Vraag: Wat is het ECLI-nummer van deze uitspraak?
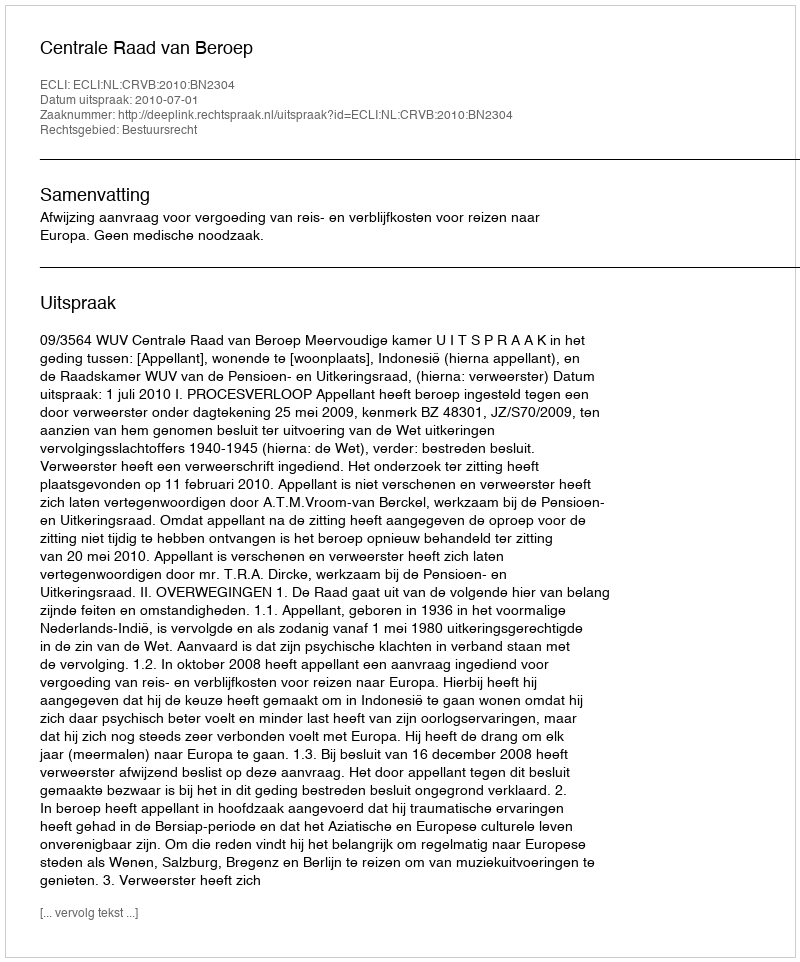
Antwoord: ECLI:NL:CRVB:2010:BN2304